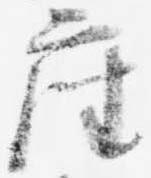
座